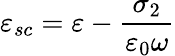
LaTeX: \varepsilon_{sc}=\varepsilon-\frac{\sigma_{2}}{\varepsilon_{0}\omega}